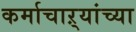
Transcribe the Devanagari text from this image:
कर्माचाऱ्यांच्या